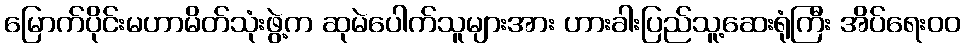
မြောက်ပိုင်းမဟာမိတ်သုံးဖွဲ့က ဆုမဲပေါက်သူများအား ဟားခါးပြည်သူ့ဆေးရုံကြီး အိပ်ရေးဝဝ